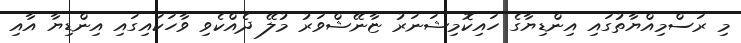
މި ރަސްމިއްޔާތުގައި އިންޑިޔާގެ ހައިކޮމިޝަނަރު ޏާނޭޝްވަރު މުލޭ ދެއްކެވި ވާހަކައިގައި އިންޑިޔާ އާއި